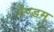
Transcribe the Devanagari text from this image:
रॅण्डम